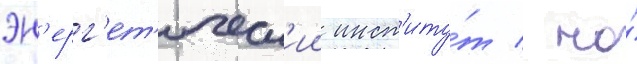
эн'ерг'ет'ическ'ии инст'иту́т / но́